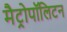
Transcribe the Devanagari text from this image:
मैट्रोपॉलिटन